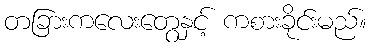
တခြားကလေးတွေနှင့် ကစားခိုင်းမည်။